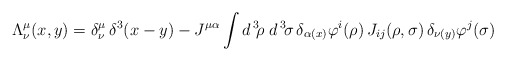
\begin{align*}\Lambda _{\nu }^{\mu }(x,y)=\delta _{\nu }^{\mu }\,\delta ^{3}(x-y)-J^{\mu\alpha }\int d^{\,3}\!\rho \;d^{\,3}\!\sigma \,\delta _{\alpha (x)}\varphi^{i}(\rho )\,J_{ij}(\rho ,\sigma )\,\delta _{\nu (y)}\varphi ^{j}(\sigma )\end{align*}